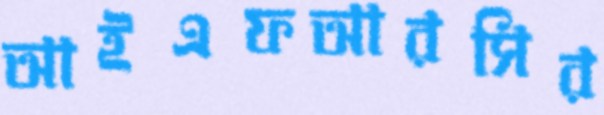
আইএফআরসির